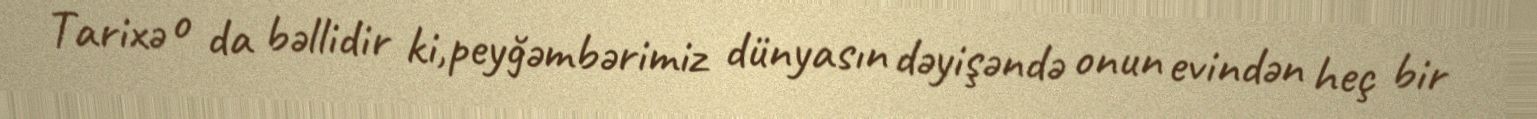
Tarixə o da bəllidir ki,peyğəmbərimiz dünyasın dəyişəndə onun evindən heç bir